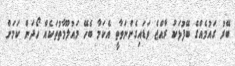
ބޭރު ގައުމެއްގެ ބޭފުޅަކު ރާއްޖެ ވަޑައިގެންނަވާތީ އެކަމާ ބެހޭ މައުލޫމާތުތަކެއް ހޯދަން ކަމަށް